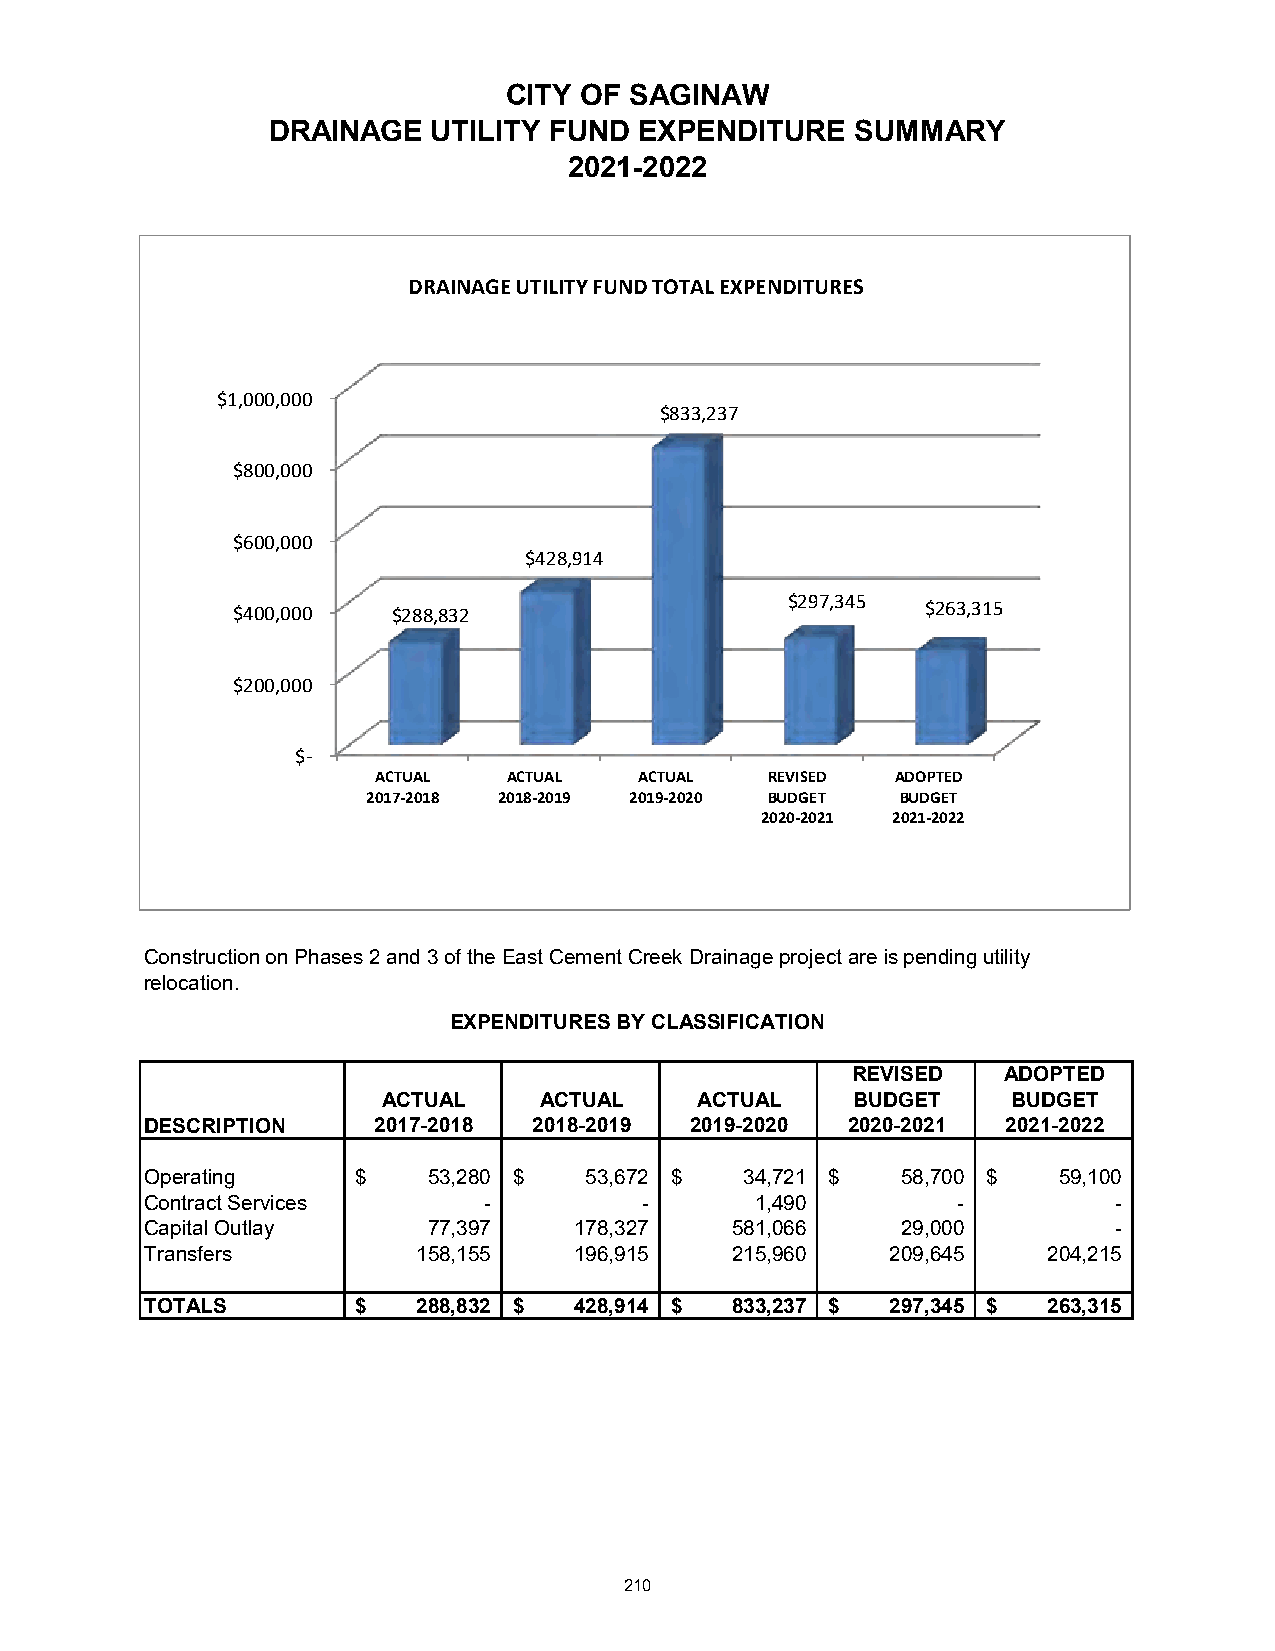
CITY OF SAGINAW
 DRAINAGE   UTILITY FUND EXPENDITURE    SUMMARY
 2021-2022
 DRAINAGEUTILITYFUND TOTAL EXPENDITURES
 $1,000,000
 $833,237
 $800,000
 $600,000
 $428,914
 $297,345
 $400,000   $288,832                           $263,315
 $200,000
 $-
 ACTUAL   ACTUAL  ACTUAL   REVISED ADOPTED
 2017-2018 2018-2019 2019-2020 BUDGET BUDGET
 2020-2021 2021-2022
 Construction on Phases 2 and 3 of the East Cement Creek Drainage project are is pending utility
 relocation.
 EXPENDITURES BY CLASSIFICATION
 REVISED    ADOPTED
 ACTUAL     ACTUAL    ACTUAL    BUDGET     BUDGET
 DESCRIPTION    2017-2018 2018-2019  2019-2020 2020-2021  2021-2022
 Operating     $   53,280 $   53,672 $  34,721 $   58,700 $  59,100
 Contract Services     -         -       1,490        -          -
 Capital Outlay    77,397    178,327   581,066     29,000        -
 Transfers         158,155   196,915   215,960    209,645   204,215
 TOTALS        $   288,832 $ 428,914 $ 833,237 $  297,345 $ 263,315
 210